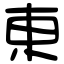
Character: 東